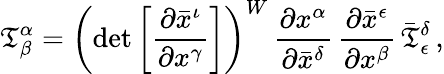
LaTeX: {\mathfrak{T}}_{\beta}^{\alpha}=\left(\operatorname*{det}{\left[{\frac{\partial{\bar{x}}^{\iota}}{\partial{x}^{\gamma}}}\right]}\right)^{W}\, {\frac{\partial{x}^{\alpha}}{\partial{\bar{x}}^{\delta}}}\, {\frac{\partial{\bar{x}}^{\epsilon}}{\partial{x}^{\beta}}}\, {\bar{\mathfrak{T}}}_{\epsilon}^{\delta}\, ,